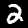
Label: 2